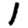
Digit: 1